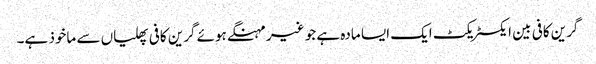
گرین کافی بین ایکسٹریکٹ ایک ایسا مادہ ہے جو غیر مہنگے ہوئے گرین کافی پھلیاں سے ماخوذ ہے۔